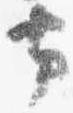
帯